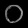
Digit: ၀